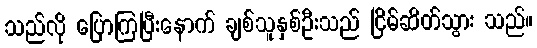
သည်လို ပြောကြပြီးနောက် ချစ်သူနှစ်ဦးသည် ငြိမ်ဆိတ်သွား သည်။